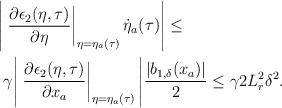
LaTeX: \begin{align*}\begin{aligned}\Bigg|&\left.\dfrac{\partial \epsilon_2(\eta,\tau)}{\partial \eta}\right|_{\eta = \eta_a(\tau)} \dot{\eta}_a(\tau)\Bigg| \le \\&\gamma\Bigg|\left.\dfrac{\partial \epsilon_2(\eta,\tau)}{\partial x_a}\right|_{\eta = \eta_a(\tau)}\Bigg| \dfrac{|b_{1,\delta}(x_a)|}{2} \le \gamma 2 L_r^2 \delta^2. \end{aligned}\end{align*}